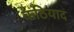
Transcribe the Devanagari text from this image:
कठियाद